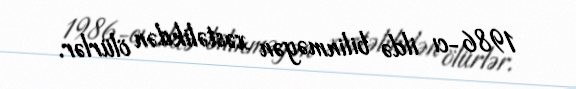
1986-cı ildə bilinməyən xəstəlikdən ölürlər.